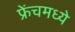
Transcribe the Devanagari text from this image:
फ्रेंचमध्ये